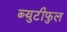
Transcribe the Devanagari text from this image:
ब्युटीफुल